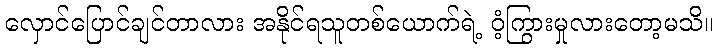
လှောင်ပြောင်ချင်တာလား အနိုင်ရသူတစ်ယောက်ရဲ့ ဝံ့ကြွားမှုလားတော့မသိ။